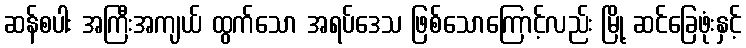
ဆန်စပါး အကြီးအကျယ် ထွက်သော အရပ်ဒေသ ဖြစ်သောကြောင့်လည်း မြို့ ဆင်ခြေဖုံးနှင့်